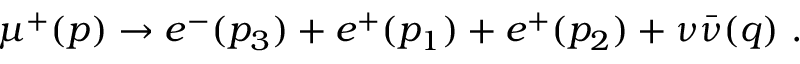
\mu ^ { + } ( p ) \rightarrow e ^ { - } ( p _ { 3 } ) + e ^ { + } ( p _ { 1 } ) + e ^ { + } ( p _ { 2 } ) + \nu \bar { \nu } ( q ) \ .